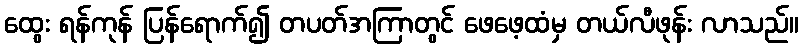
ထွေး ရန်ကုန် ပြန်ရောက်၍ တပတ်အကြာတွင် ဖေဖေ့ထံမှ တယ်လီဖုန်း လာသည်။